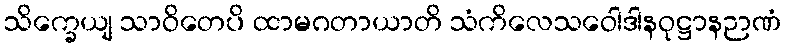
သိက္ခေယျ သာဝိတေပိ ထာမဂတာယာတိ သံကိလေသဝေါဒါနဝုဋ္ဌာနဉာဏံ